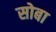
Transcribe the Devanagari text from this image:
सोबा